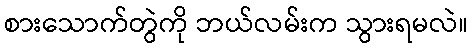
စားသောက်တွဲကို ဘယ်လမ်းက သွားရမလဲ။